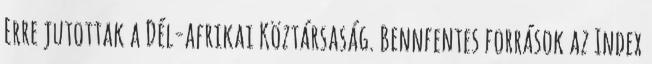
Erre jutottak a Dél-afrikai Köztársaság. Bennfentes források az Index